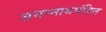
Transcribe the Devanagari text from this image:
जगन्नाथपंडित